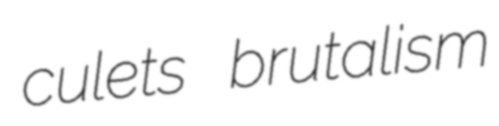
culets brutalism